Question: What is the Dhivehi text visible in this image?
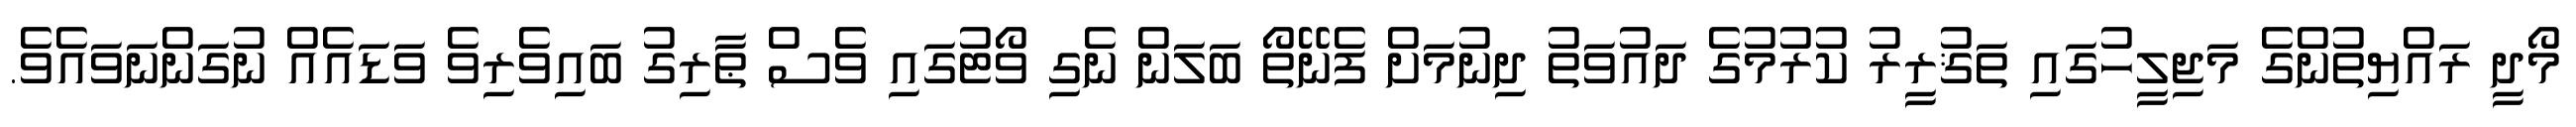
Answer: މޯދީ ރައްޔިތުންގެ މަޖިލީހުގައި ތަޤުރީރު ކުރުމުގެ ދައުވަތު ދިނުމަށް ފެނޭތޯ ބަލަން ނެގި ވޯޓުގައި ވެސް ޠާރިގު ބައިވެރިވެ ވަޑައެއް ނުގަންނަވައެވެ.